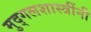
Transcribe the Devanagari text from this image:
मुद्गलशास्त्रींनी